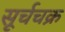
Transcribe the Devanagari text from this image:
सूर्चचक्र